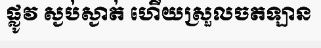
ផ្លូវ ស្ងប់ស្ងាត់ ហើយស្រួលចតឡាន